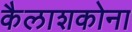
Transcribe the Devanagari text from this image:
कैलाशकोना